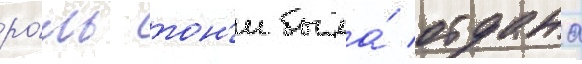
ро́ль тон'и была́ отдана